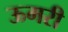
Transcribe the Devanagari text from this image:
ऊमरी